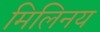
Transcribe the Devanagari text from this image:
मिलिनय